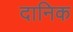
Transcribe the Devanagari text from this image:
दानिक